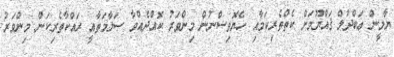
ޔާމީން ޢަބްދުލް ޤައްޔޫމަށް ކެތްތެރިކަމާއި ހެޔޮވިސްނުން މިންވަރު ކޮއްދެއްވާ ސަލާމަތާއީ ރައްކާތެރިކަން މިންވަރު